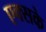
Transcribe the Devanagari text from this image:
एक्सके